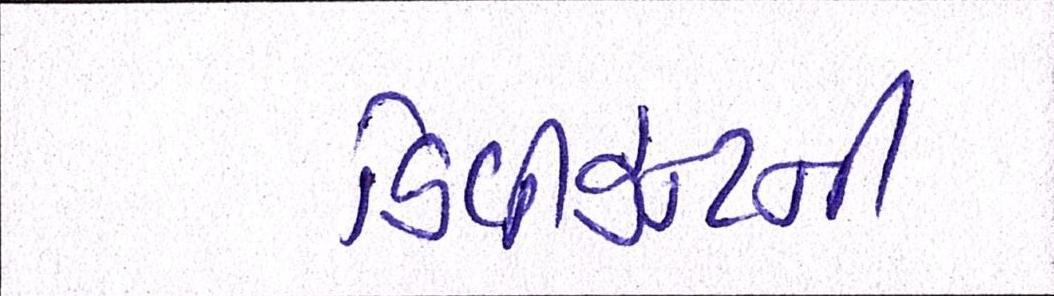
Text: ડિવીડન્ટની